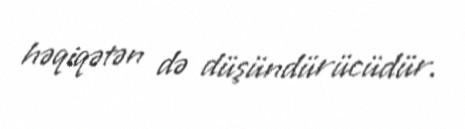
həqiqətən də düşündürücüdür.